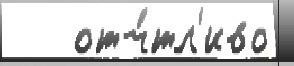
   отч́тл'иво